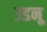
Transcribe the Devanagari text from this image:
उडनू